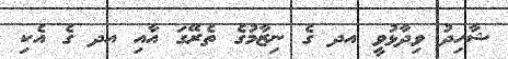
ޝާހިދު ވިދާޅުވީ އދ ގެ ނިޒާމުގެ ތެރޭގަ އާއި އދ ގެ އެކި